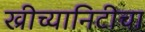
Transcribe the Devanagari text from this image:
ख्रीच्यानिटीचा